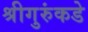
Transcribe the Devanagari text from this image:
श्रीगुरुंकडे